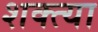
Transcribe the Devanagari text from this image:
शक्त्या